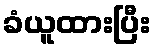
ခံယူထားပြီး